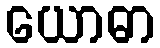
ယောဓာ